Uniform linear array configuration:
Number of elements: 8
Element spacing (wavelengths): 0.75
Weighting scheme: cosine
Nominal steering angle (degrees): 15
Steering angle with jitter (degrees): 16.46
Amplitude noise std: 0.05
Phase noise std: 0.05

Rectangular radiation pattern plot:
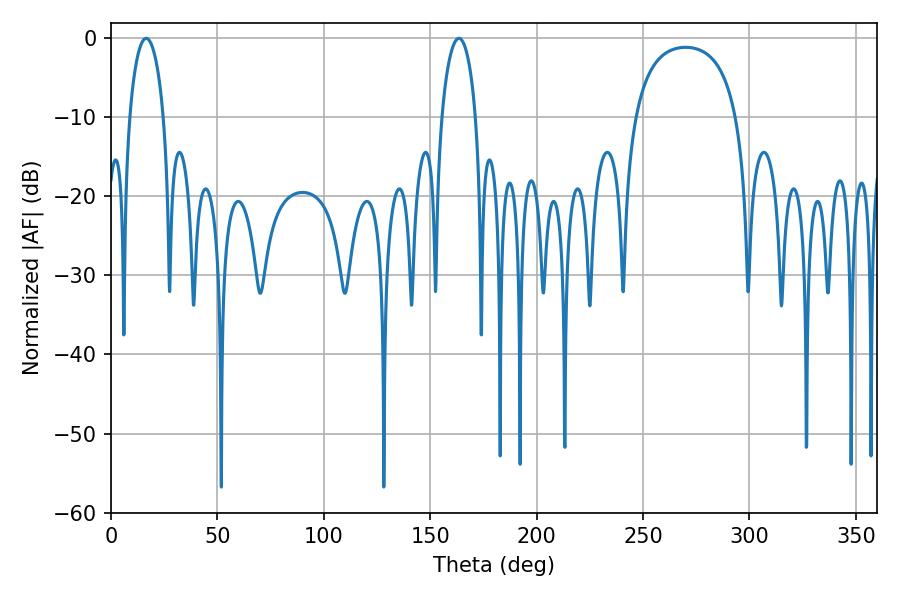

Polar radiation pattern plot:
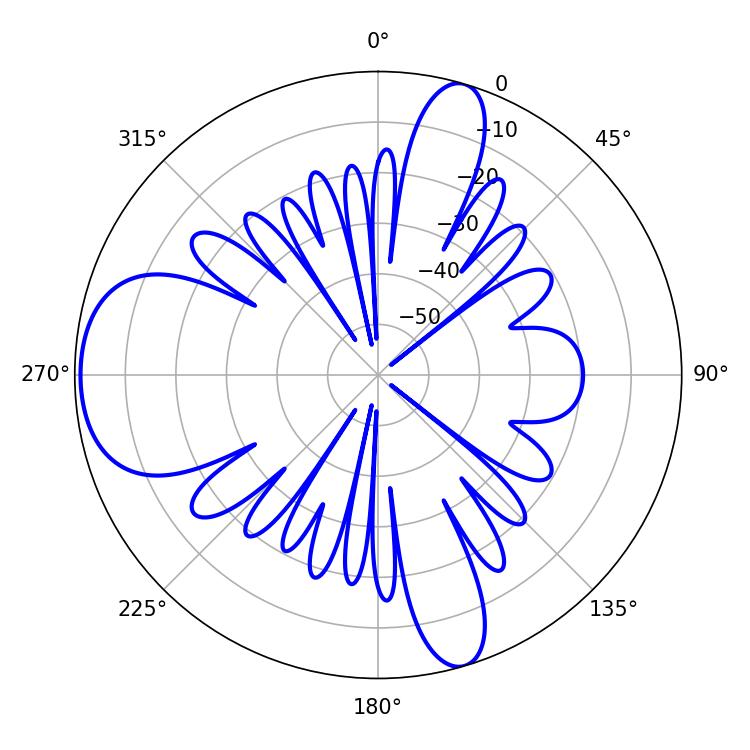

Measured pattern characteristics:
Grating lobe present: TRUE
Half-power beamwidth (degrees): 9
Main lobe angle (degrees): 163.44